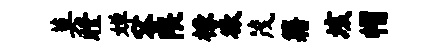
莫瞠婵容隈椽欲茂籍垓帽